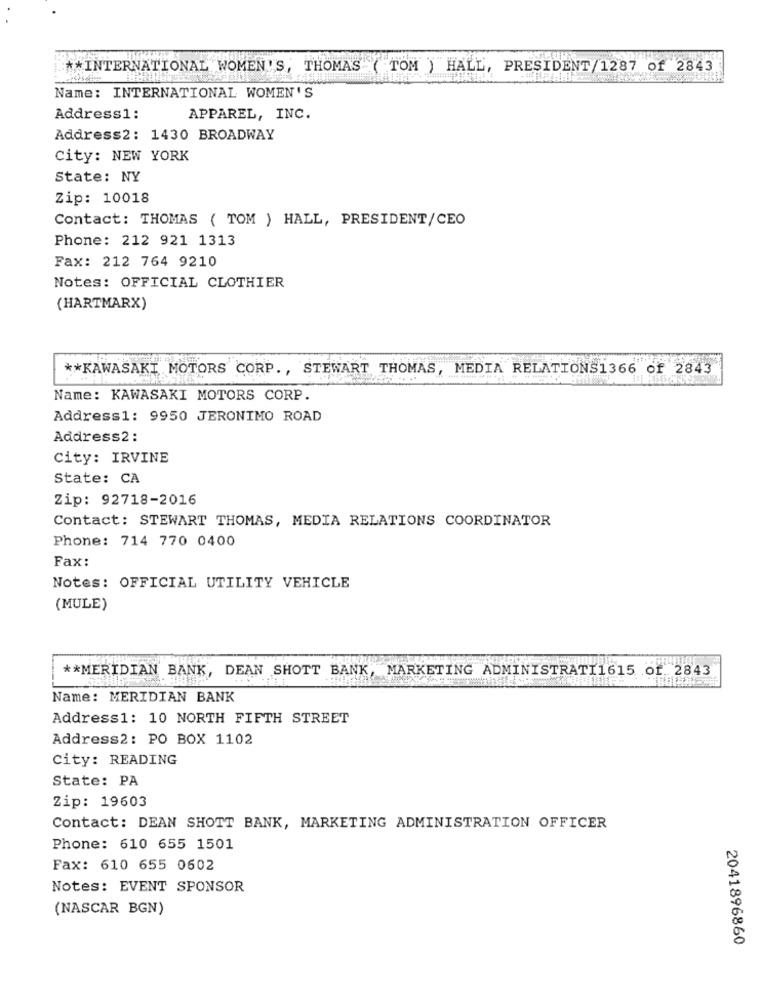
** INTERNATIONAL WOMEN'S, THOMAS ( TOM ) HALL, PRESIDENT/1287 of 2843
Name: INTERNATIONAL WOMEN'S
Address1:
APPAREL, INC.
Address2: 1430 BROADWAY
City: NEW YORK
State: NY
Zip: 10018
Contact: THOMAS ( TOM ) HALL, PRESIDENT/CEO
Phone: 212 921 1313
Fax: 212 764 9210
Notes: OFFICIAL CLOTHIER
(HARTMARX)
** KAWASAKI MOTORS CORP ., STEWART THOMAS, MEDIA RELATIONS1366 of 2843
Name: KAWASAKI MOTORS CORP.
Address1: 9950 JERONIMO ROAD
Address2 :
City: IRVINE
State: CA
Zip: 92718-2016
Contact: STEWART THOMAS, MEDIA RELATIONS COORDINATOR
Phone: 714 770 0400
Fax:
Notes: OFFICIAL UTILITY VEHICLE
(MULE)
** MERIDIAN BANK, DEAN SHOTT BANK, MARKETING ADMINISTRATI1615 of. 2843
Name: MERIDIAN BANK
Address1: 10 NORTH FIFTH STREET
Address2: PO BOX 1102
City: READING
State: PA
Zip: 19603
Contact: DEAN SHOTT BANK, MARKETING ADMINISTRATION OFFICER
Phone: 610 655 1501
Fax: 610 655 0602
Notes: EVENT SPONSOR
(NASCAR BGN)
2041896860